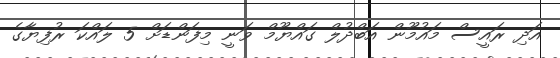
އަދި ރައީސް މައުމޫން އަބްދުލް ގައްޔޫމް ވަނީ މިފަންޑަށް 5 ލައްކަ ރުފިޔާގެ